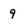
Character: 9